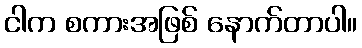
ငါက စကားအဖြစ် နောက်တာပါ။